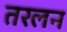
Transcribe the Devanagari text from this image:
तरलन